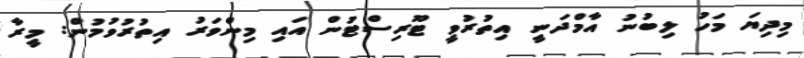
މިދިޔަ މަހު ލިބުނު އާމްދަނީ އިތުރުވީ ޓޫރިސްޓުން އައި މިންވަރު އިތުރުވުމުން: މީރާ